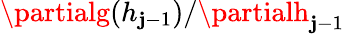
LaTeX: \partialg(h_{\mathbf{j}-1})/\partialh_{\mathbf{j}-1}